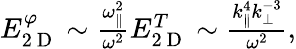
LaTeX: \begin{array}{r}{E_{2\mathrm{~D~}}^{\varphi}\sim\frac{\omega_{\parallel}^{2}}{\omega^{2}}E_{2\mathrm{~D~}}^{T}\sim\frac{k_{\parallel}^{4}k_{\perp}^{-3}}{\omega^{2}},}\end{array}